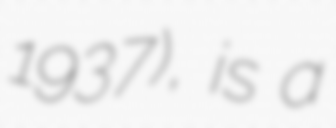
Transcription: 1937), is a